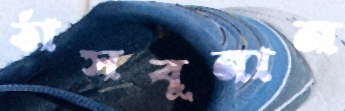
ঠাসবুনান